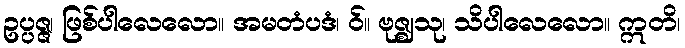
ဥပ္ပဇ္ဇ၊ ဖြစ်ပါလေလော။ အမတံပဒံ၊ ဝ်။ ဗုဇ္ဈသု၊ သိပါလေလော။ ဣတိ၊